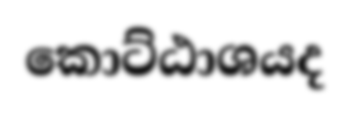
කොට්ඨාශයද